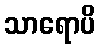
သာရောပိ